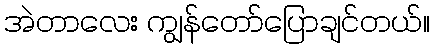
အဲတာလေး ကျွန်တော်ပြောချင်တယ်။